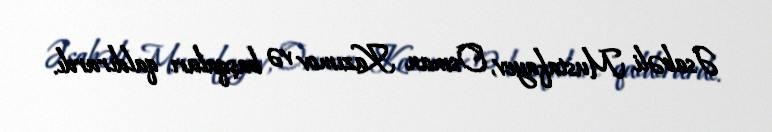
Əsabəli Mustafayev, Osman Kazımov və başqaları qaldırardı.